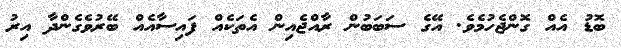
ބޮޑު އެއް ގޮންޖެހުމެވެ. އޭގެ ސަބަބުން ރާއްޖެއިން އެެތަކެއް ފައިސާއެއް ބޭރުވެގެންދާ އިރު